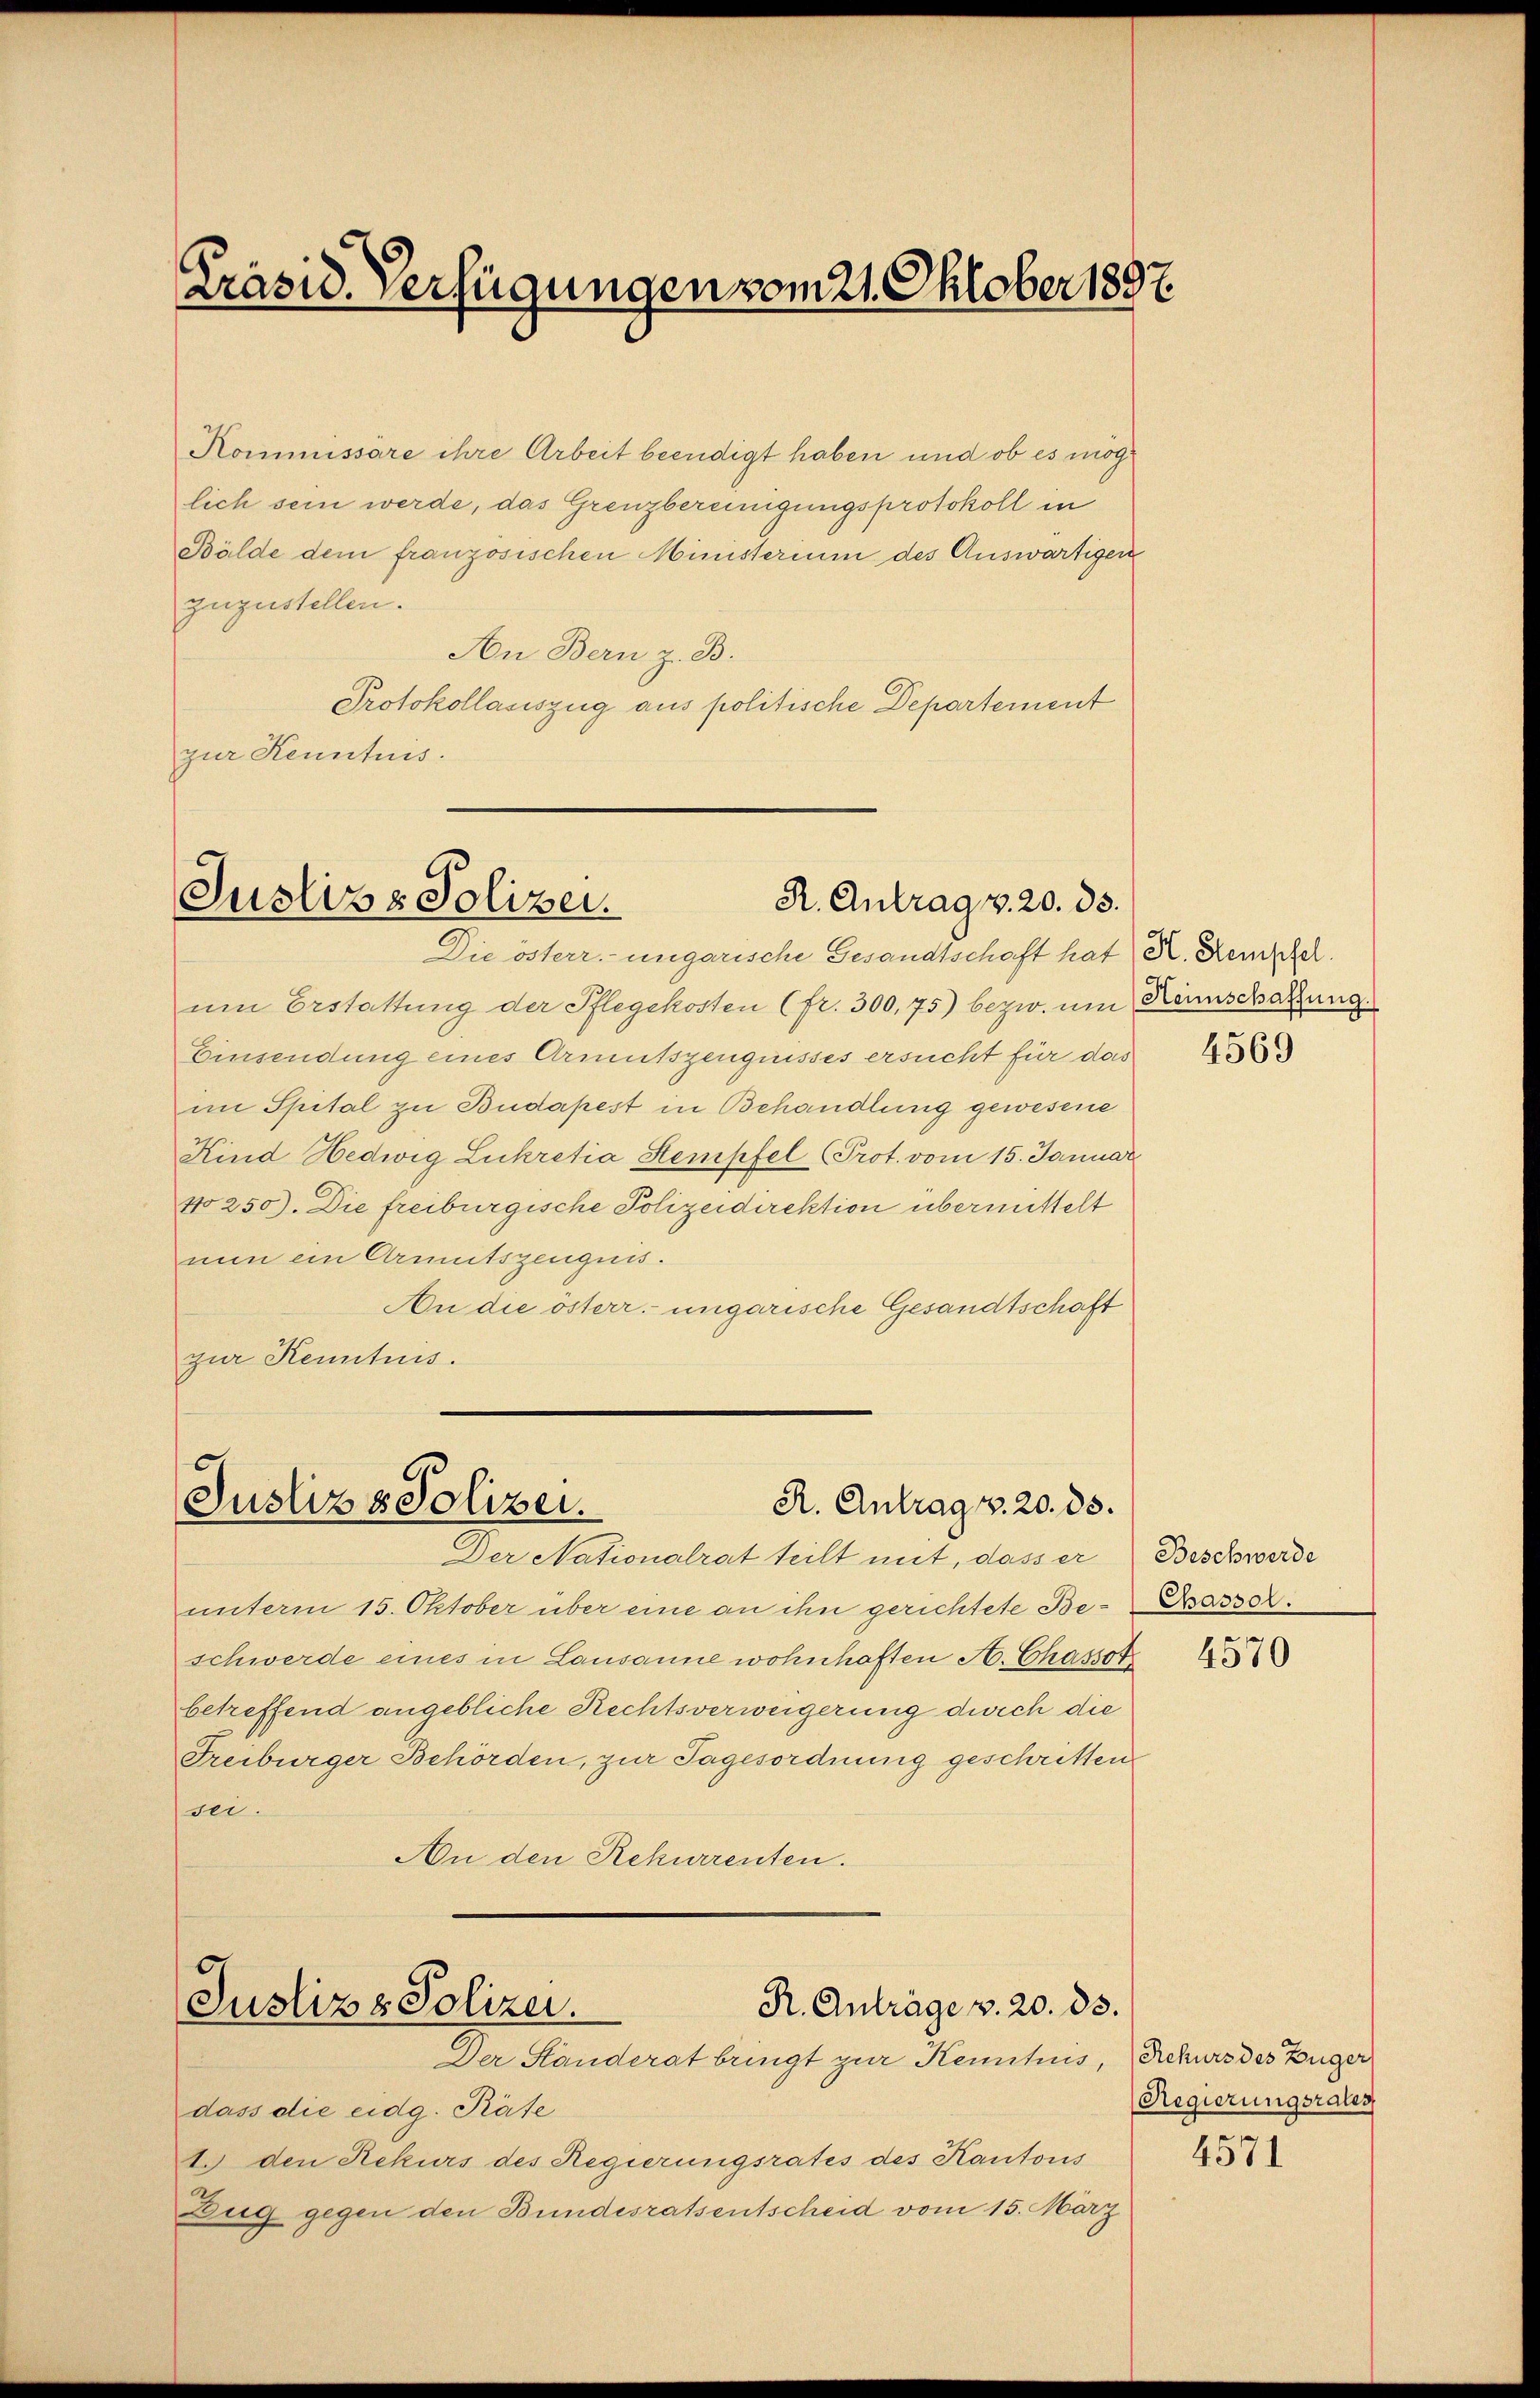
Kommissäre ihre Arbeit beendigt haben und ob es möglich sein werde, das Grenzbereinigungsprotokoll in
Bälde dem französischen Ministerium des Auswärtigen
zuzustellen.
An Bern z. B.
Protokollasiszug aus politische Departement
zur Kenntnis.

Präsid. Verfügungen vom 21. Oktober 1897.

Justiz & Polizei.
R. Antrag v. 20. 83.

Die österr. ungarische Gesandtschaft hat R. Rempfer.
um Erstattung der Pflegekosten (fr. 300,75) bezw. um Kannschatzung
Einsendung eines Armutszeugnisses ersucht für das
im Spital zu Budapest in Behandlung gewesene
Kind Hedwig Lukretia Stempfel Prot. vom 15. Januar
No250). Die freiburgische Polizeidirektion übermittelt
nun ein Armutszeugnis.
An die österr. ungarische Gesandtschaft
zur Kenntnis.

Justiz & Polizei.
R. Antrag. 20. ds.

Der Nationalrat teilt mit, dass er
unterm 15. Oktober über eine an ihn gerichtete Beschwerde eines in Lausanne wohnhaften A. Chassot
betreffend angebliche Rechtsverweigerung durch die
Freiburger Behörden, zur Tagesordnung geschritten
bei.
An den Rekurrenten.

R. Anträge v. 20. 83.
Justiz & Polizei.

Der Standerat bringt zur Kenntnis, Schurs des Züger
dass die eidg. Pate
1. den Rekurs des Regierungsrates des Kantons
Zug gegen den Bundesratsentscheid vom 15. März

4569

Beschwerde
Chassol.

4570

Regierungsrates

4571